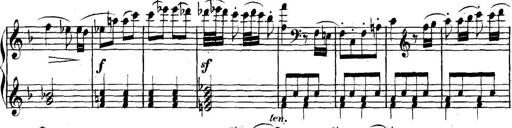
Title: Collected Piano Sonatas
Composer: Muzio Clementi